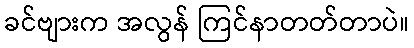
ခင်ဗျားက အလွန် ကြင်နာတတ်တာပဲ။